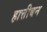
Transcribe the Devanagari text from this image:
हात्तीबन